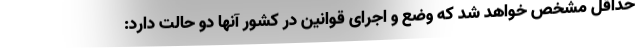
حداقل مشخص خواهد شد که وضع و اجرای قوانین در کشور آنها دو حالت دارد: